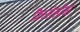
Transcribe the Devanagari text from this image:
फ़िलोसोमा